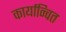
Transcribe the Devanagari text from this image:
कार्यान्‍वित